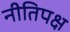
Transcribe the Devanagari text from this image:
नीतिपक्ष